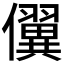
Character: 𰃇